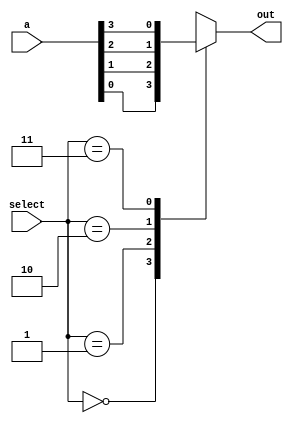
module fourto1  (a,select,out);
  input [3:0]a;
  input [1:0]select;
  output reg out;
   
  always@(*)
  begin 
    case(select)
    2'b00: out = a[0];
    2'b01: out = a[1];
    2'b10: out = a[2];
    2'b11: out = a[3];
    default: out = 1'bx;
    endcase 
  end
endmodule

module sixteento1 (A,S,Out);
  input [15:0] A;
  input [3:0] S;
  output Out;
  wire [3:0]O;
  
   fourto1 F1 (A[3:0],S[1:0],O[0]);
   fourto1 F2 (A[7:4],S[1:0],O[1]);
   fourto1 F3 (A[11:8],S[1:0],O[2]);  
   fourto1 F4 (A[15:12],S[1:0],O[3]);
   fourto1 F5 (O[3:0],S[3:2],Out);
  
endmodule